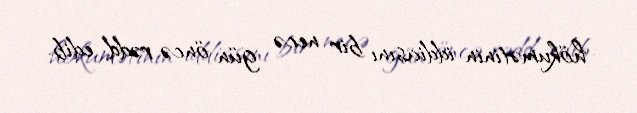
hökumətinin iddiasını bir necə gün öncə rədd edib.